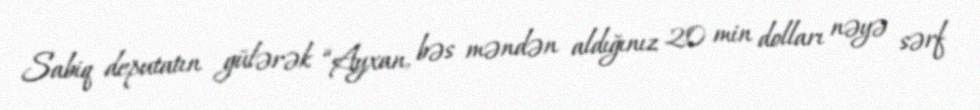
Sabiq deputatın gülərək “Ayxan, bəs məndən aldığınız 20 min dolları nəyə sərf